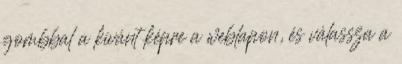
gombbal a kívánt képre a weblapon, és válassza a